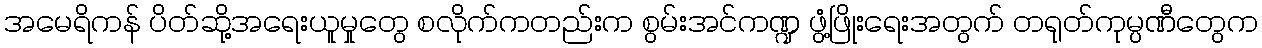
အမေရိကန် ပိတ်ဆို့အရေးယူမှုတွေ စလိုက်ကတည်းက စွမ်းအင်ကဏ္ဍ ဖွံ့ဖြိုးရေးအတွက် တရုတ်ကုမ္ပဏီတွေက